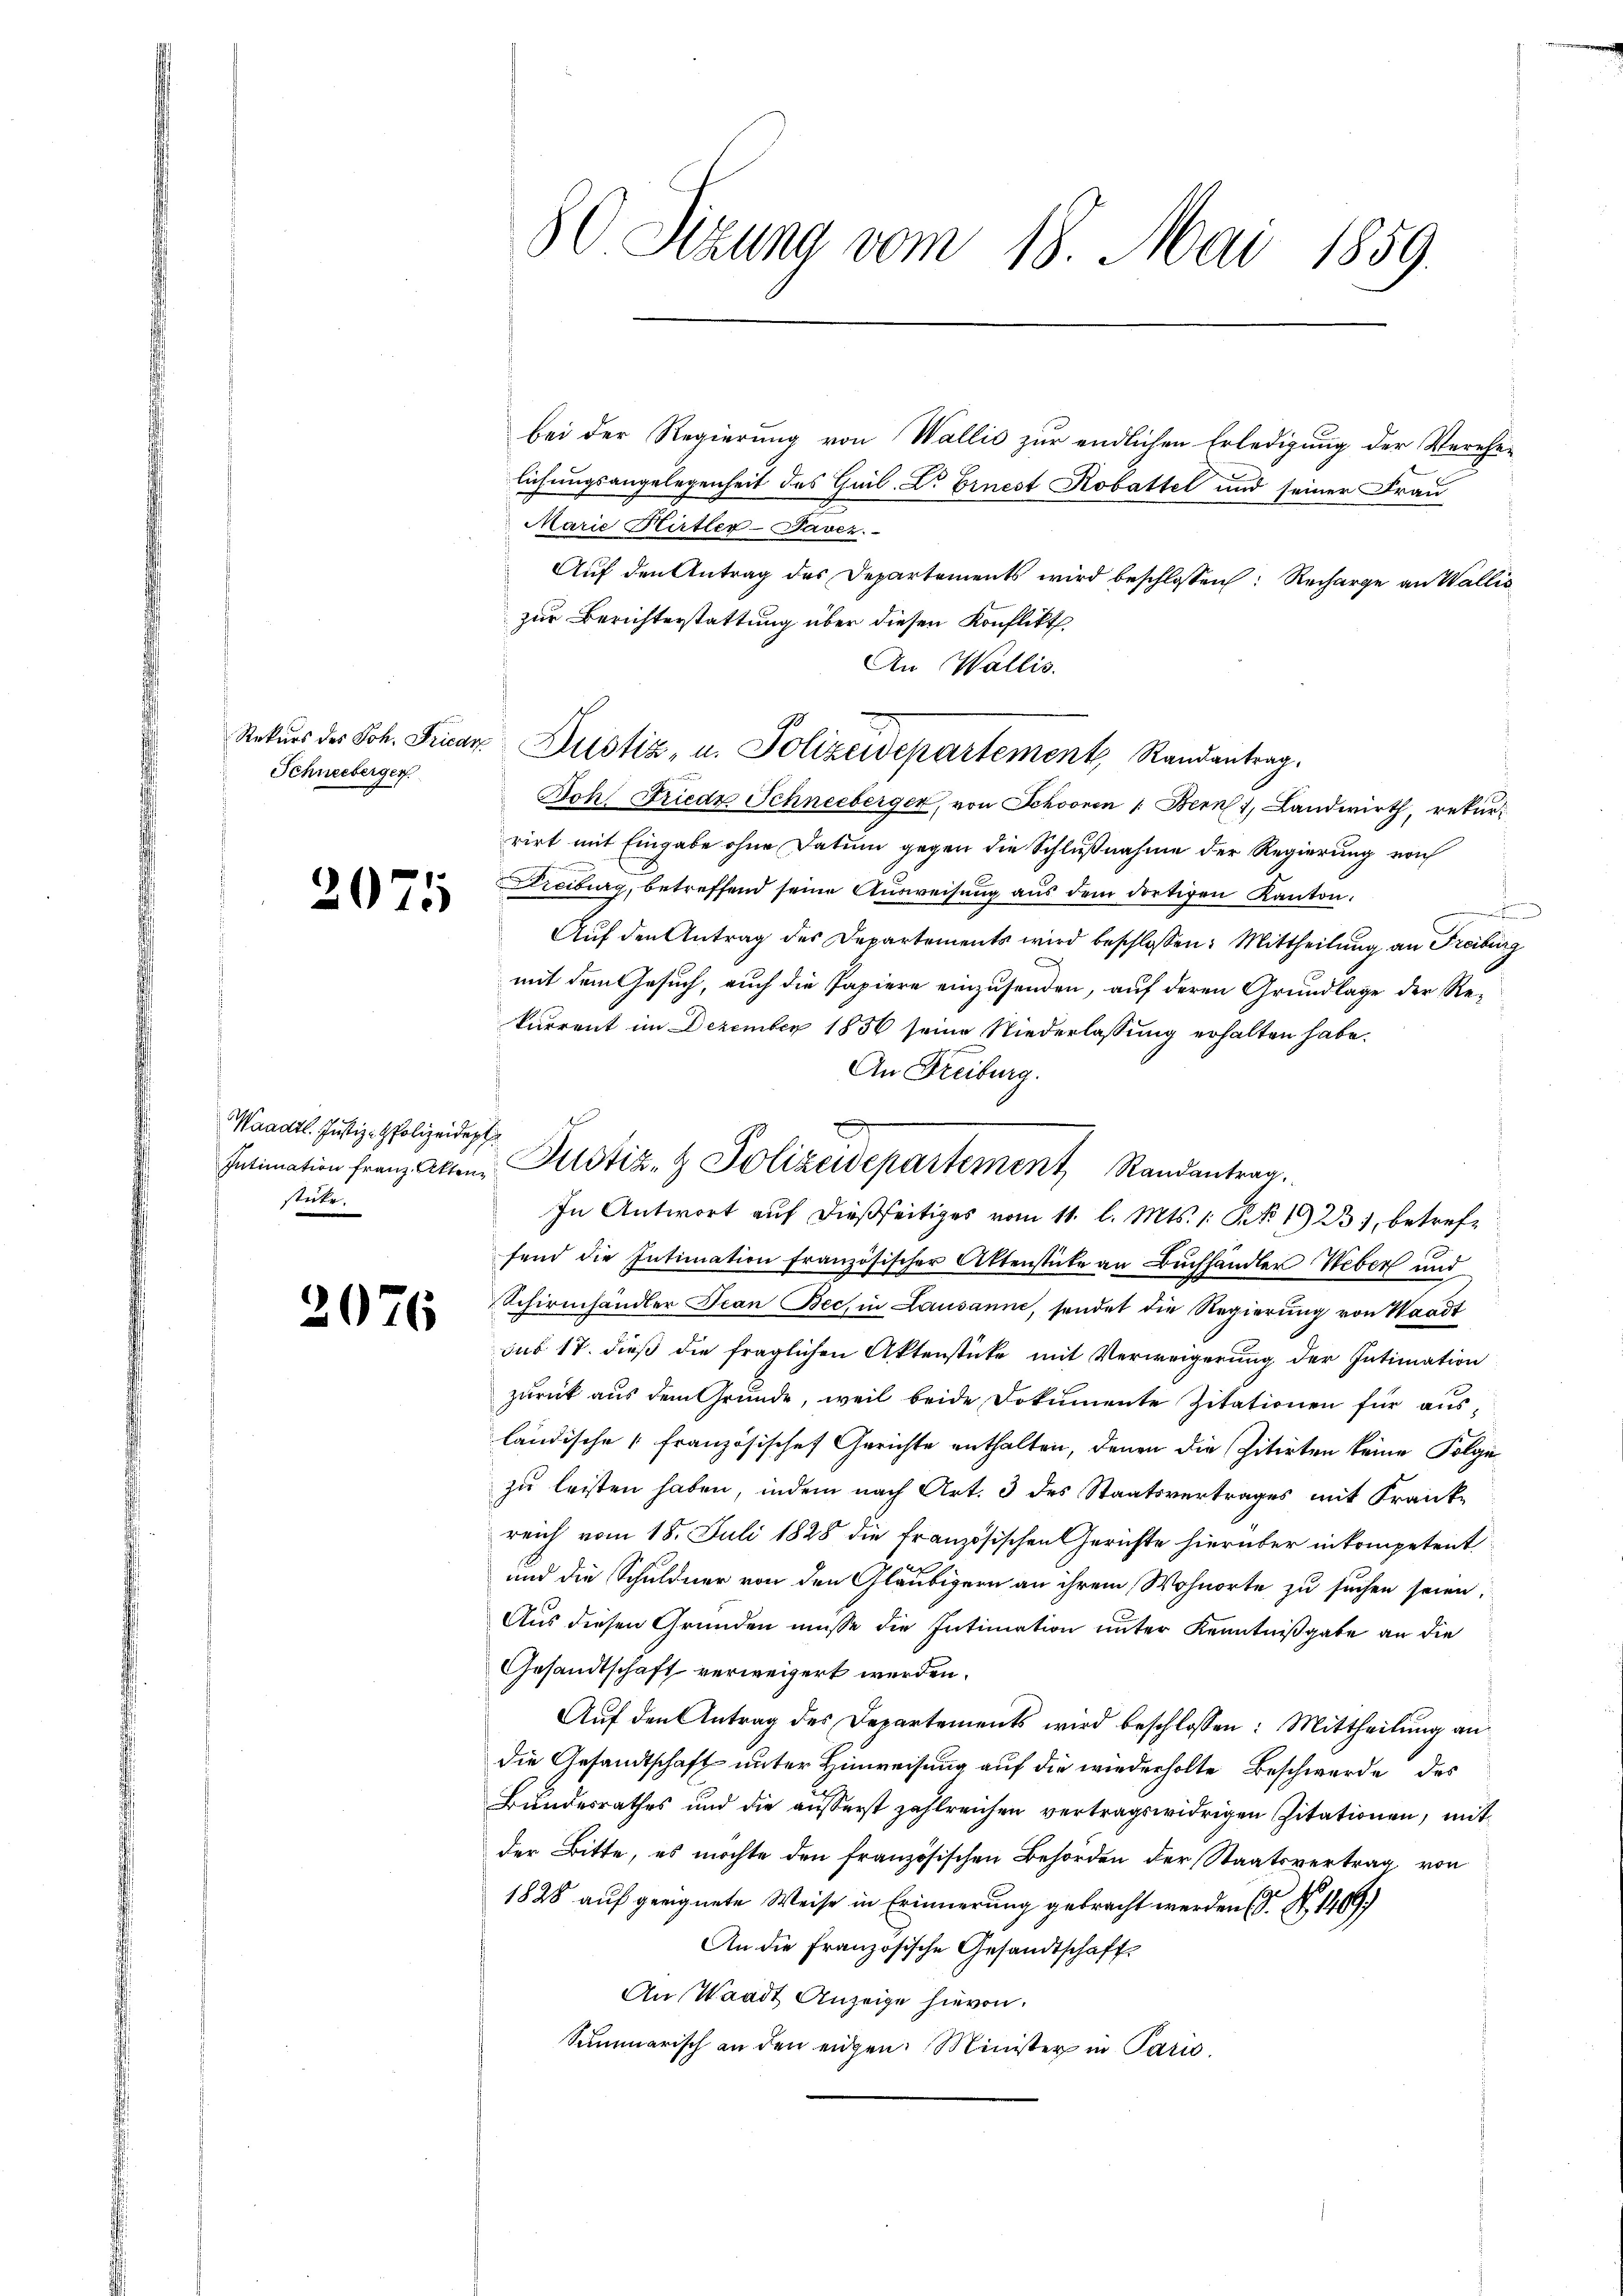
Schneeberger

2075

Waadt. Justiz-Polizeidept
stute.

2076

lichungsangelegenheit des Guil. Dr. Ernest Robattel und seiner Frau
Marie Hirtler-Javez.
Auf den Antrag des Departements wird beschlossen: Recharge an Wallis
zur Berichterstattung über diesen Konflikt.
An Wallis.
Bohl Friede Schneeberger, von Schonen 1. Bern, Landwirth, rekurrirt mit Eingabe ohne Datum gegen die Schlußnahme der Regierung noch
Freiburg, betreffend seine Ausweisung aus dem dortigen Kanton.
e
Auf den Antrag des Departements wird beschlossen: Mittheilung an Freiburg
mit dem Gesuch, auch die Papiere einzusenden, auf deren Grundlage der Rekurrent im Dezember 1856 seine Niederlassung erhalten habe.
An Freiburg.
In Antwort aŭf dießseitiges vom 11. l. Mts. 1. No 123, betrefe
fend die Intimation französischer Aktenstücke an Buchhändler Weber und
Schirmhändler Jean Bec. in Lausanne, sendet die Regierung von Waadt
sub 17. dieß die fraglichen Aktenstücke mit Verweigerung der Intimation
zurück aus dem Grunde, weil beide Dokumente Zitationen für aus-
ländische französischef Gerichte enthalten, denen die Zitirten keine Folge
zu leisten haben, indem nach Art. 3 des Staatsvertrages mit Frankreich vom 18. Juli 1828 die Französischen Gerichte hierüber in kompetent
und die Schuldner von den Gläubigern an ihrem Wohnorte zu suchen seien,
Aus diesen Gründen müsse die Intimation unter Kenntnißgabe an die
Gesandtschaft verweigert werden.
Aŭf den Antrag des Departements wird beschlossen: Mittheilŭng an
die Gesandtschaft unter Hinweisung auf die wiederholte Beschwerde des
Bundesrathes und die äusserst zahlreichen vertragswidrigen Zitationen, mit
der Bitte, es möchte den französischen Behörden der Staatsvertrag, von
1828 auf geeignete Weise in Erinnerung gebracht werden (S. S. 1469)
An die Französische Gesandtschaft
An Waadt Anzeige hievon.
Summarisch an den eigen. Minister in Paris

80 Sitzung vom 18. Mai 1859.

d
Intimation franz Akten Potiz- & Polizeidepartement Randantrag.

bei der Regierung von Wallis zur endlichen Erledigung der Verehe¬

Rekurs des Joh. Fricar Justiz, u. Polizeidepartement Randantrag.